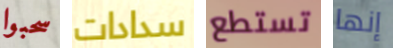
سحبوا سدادات تستطع إنها